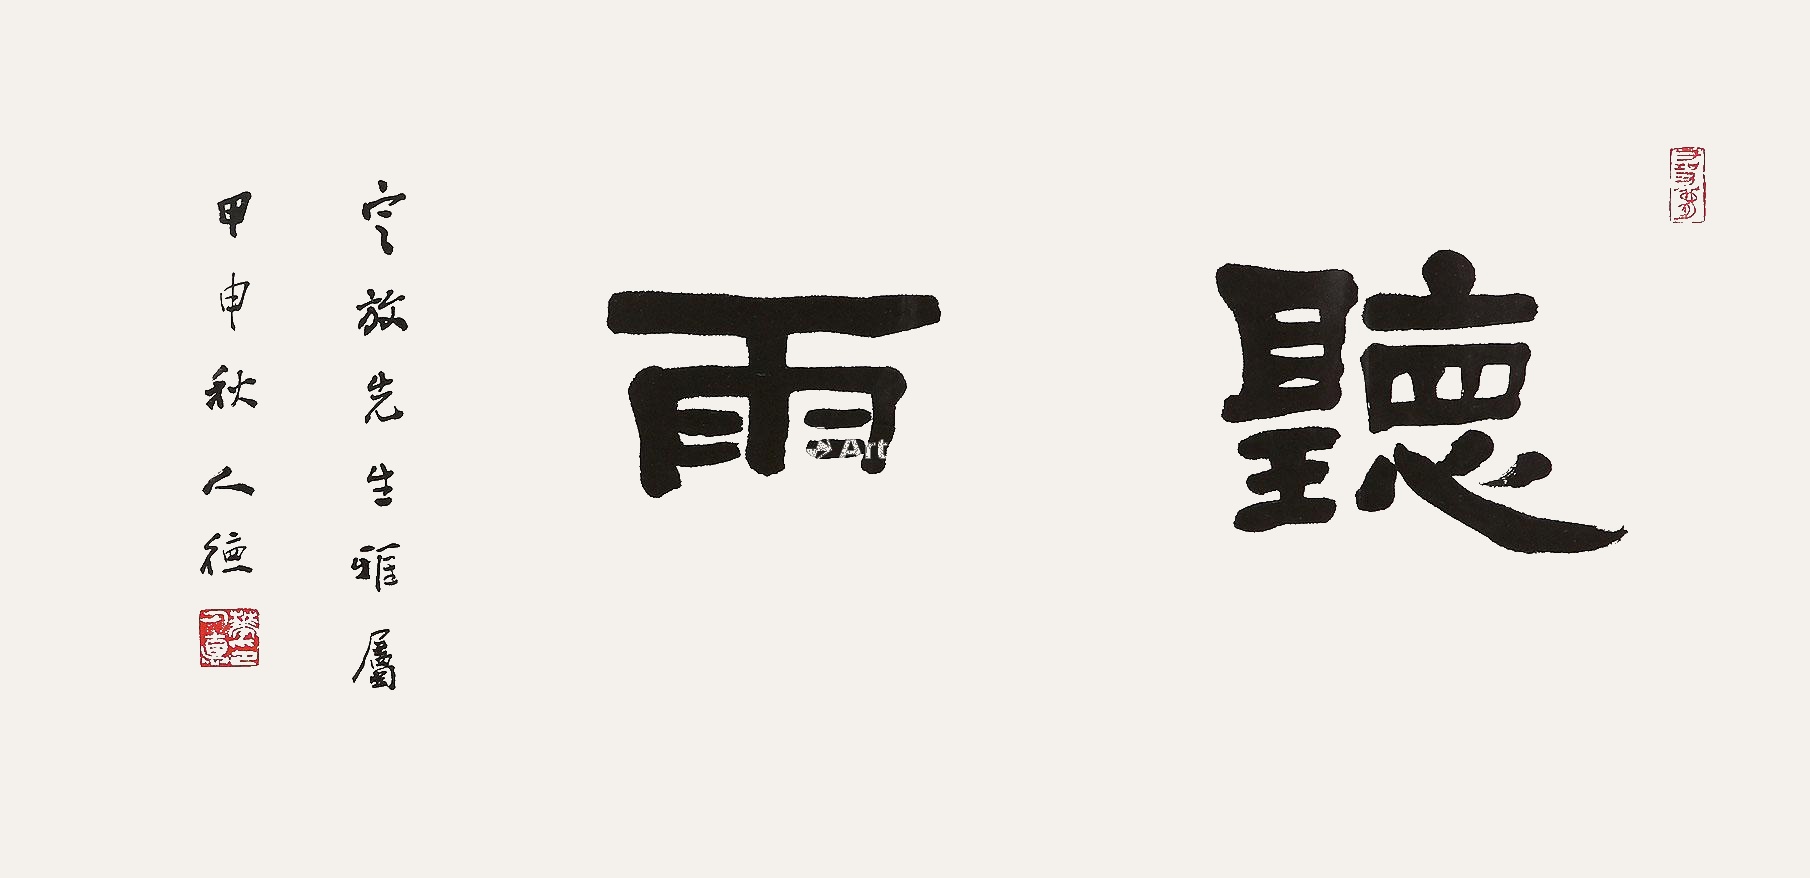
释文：听雨定放先生雅属，甲申秋，人德。